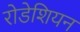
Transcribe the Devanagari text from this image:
रोडेशियन